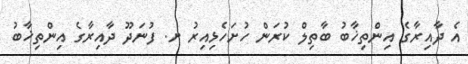
އެ ދާއިރާގެ އިންތިޚާބު ބާތިލް ކުރަން ހުށަހެޅިއިރު ށ. ފުނަދޫ ދާއިރާގެ އިންތިޚާބު